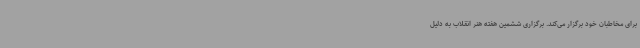
برای مخاطبان خود برگزار می‌کند. برگزاری ششمین هفته هنر انقلاب به دلیل